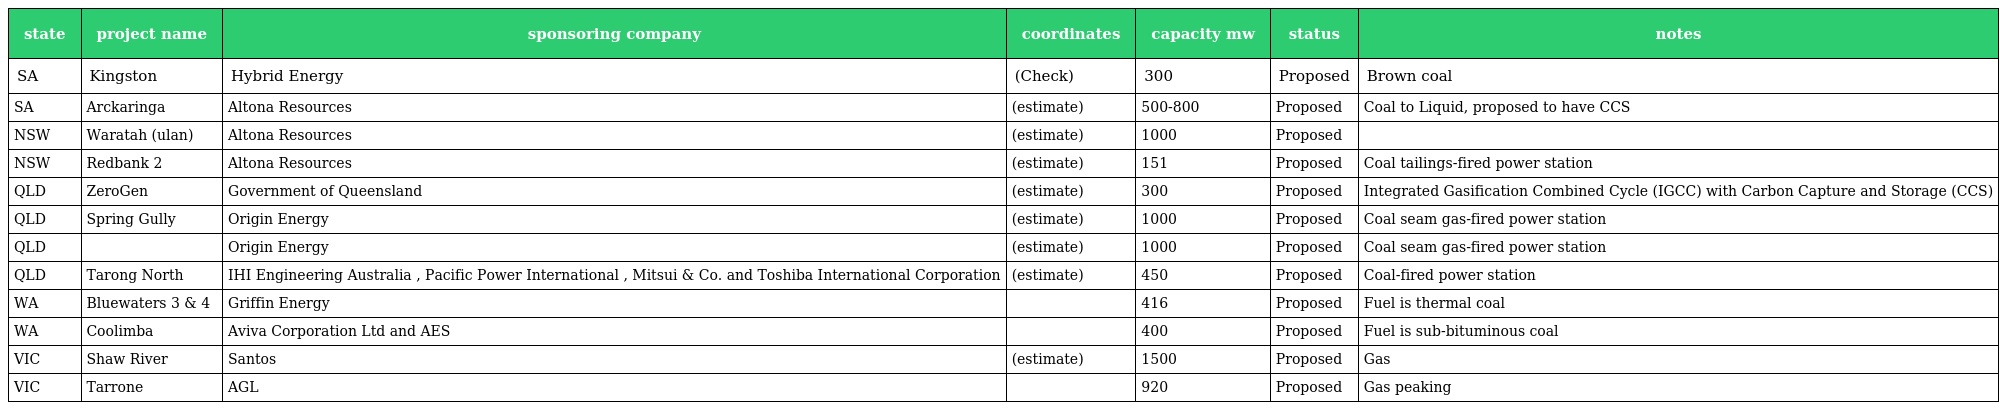
| state | project name | sponsoring company | coordinates | capacity mw | status | notes |
 | --- | --- | --- | --- | --- | --- | --- |
 | SA | Kingston | Hybrid Energy | (Check) | 300 | Proposed | Brown coal |
 | SA | Arckaringa | Altona Resources | (estimate) | 500-800 | Proposed | Coal to Liquid, proposed to have CCS |
 | NSW | Waratah (ulan) | Altona Resources | (estimate) | 1000 | Proposed |  |
 | NSW | Redbank 2 | Altona Resources | (estimate) | 151 | Proposed | Coal tailings-fired power station |
 | QLD | ZeroGen | Government of Queensland | (estimate) | 300 | Proposed | Integrated Gasification Combined Cycle (IGCC) with Carbon Capture and Storage (CCS) |
 | QLD | Spring Gully | Origin Energy | (estimate) | 1000 | Proposed | Coal seam gas-fired power station |
 | QLD |  | Origin Energy | (estimate) | 1000 | Proposed | Coal seam gas-fired power station |
 | QLD | Tarong North | IHI Engineering Australia , Pacific Power International , Mitsui & Co. and Toshiba International Corporation | (estimate) | 450 | Proposed | Coal-fired power station |
 | WA | Bluewaters 3 & 4 | Griffin Energy |  | 416 | Proposed | Fuel is thermal coal |
 | WA | Coolimba | Aviva Corporation Ltd and AES |  | 400 | Proposed | Fuel is sub-bituminous coal |
 | VIC | Shaw River | Santos | (estimate) | 1500 | Proposed | Gas |
 | VIC | Tarrone | AGL |  | 920 | Proposed | Gas peaking |